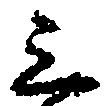
三